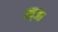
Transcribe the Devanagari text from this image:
ख्आ